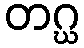
တဂ္ဃ